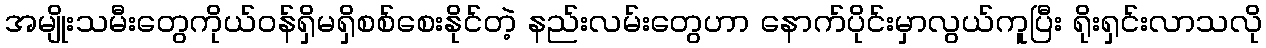
အမျိုးသမီးတွေကိုယ်ဝန်ရှိမရှိစစ်စေးနိုင်တဲ့ နည်းလမ်းတွေဟာ နောက်ပိုင်းမှာလွယ်ကူပြီး ရိုးရှင်းလာသလို